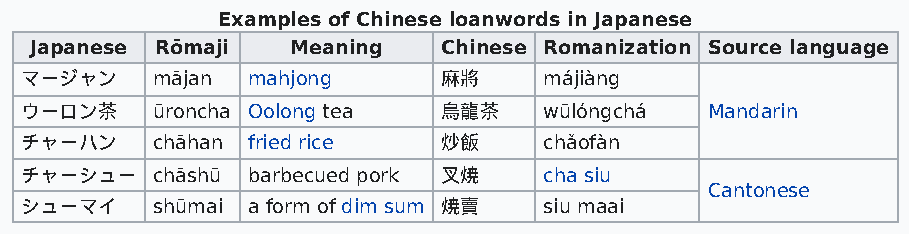
Examples of Chinese loanwords in Japanese
 Japanese Rōmaji  Meaning   Chinese Romanization Source language
 マージャン    mājan mahjong      麻將     májiàng
 ウーロン茶    ūroncha Oolong tea 烏龍茶    wūlóngchá  Mandarin
 チャーハン    chāhan fried rice  炒飯     chǎofàn
 チャーシュー   chāshū barbecued pork 叉焼  cha siu
 Cantonese
 シューマイ    shūmai a form of dim sum 焼賣 siu maai